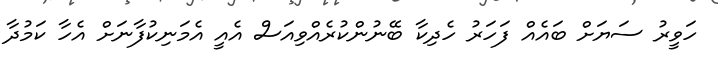
ހަވީރު ސަޔަށް ބައެއް ފަހަރު ހެދިކާ ބޭނުންކުރެއްވިއަސް އެއީ އެމަނިކުފާނަށް އެހާ ކަމުދާ